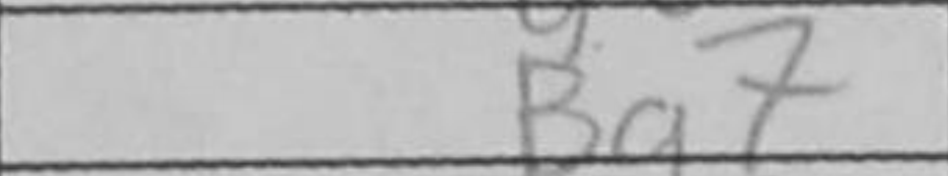
Transcription: Bg7